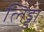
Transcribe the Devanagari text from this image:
लिड्डा